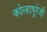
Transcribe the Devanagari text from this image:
कोल्हापुरेजी